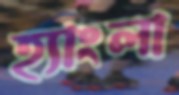
হ্যাংলা